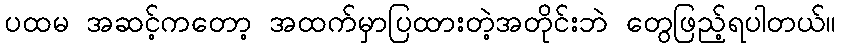
ပထမ အဆင့်ကတော့ အထက်မှာပြထားတဲ့အတိုင်းဘဲ တွေဖြည့်ရပါတယ်။